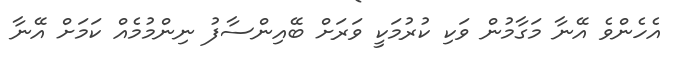
އެެހެންވެ އޭނާ މަގާމުން ވަކި ކުރުމަކީ ވަރަށް ބޭއިންސާފު ނިންމުމެއް ކަމަށް އޭނާ